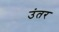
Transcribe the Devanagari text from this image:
उंतर